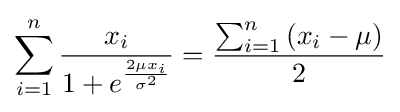
\sum _{i=1}^{n}{\frac {x_{i}}{1+e^{\frac {2\mu x_{i}}{\sigma ^{2}}}}}={\frac {\sum _{i=1}^{n}\left(x_{i}-\mu \right)}{2}}